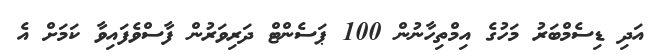
އަދި ޑިސެމްބަރު މަހުގެ އިމްތިހާނުން 100 ޕަސެންޓް ދަރިވަރުން ފާސްވެފައިވާ ކަމަށް އެ